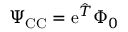
\Psi _ { \mathrm { C C } } = \mathrm { e } ^ { \hat { T } } \Phi _ { 0 }